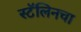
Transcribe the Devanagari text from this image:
स्टॅलिनचा